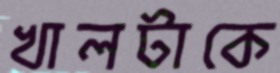
খালটাকে